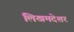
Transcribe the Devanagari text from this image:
लिखमदेशर